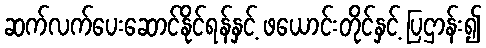
ဆက်လက်ပေးဆောင်နိုင်ရန်နှင့် ဖယောင်းတိုင်နှင့် ပြဌာန်း၍